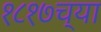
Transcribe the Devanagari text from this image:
१८१७च्या